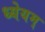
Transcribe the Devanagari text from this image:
ध्येयम्‌